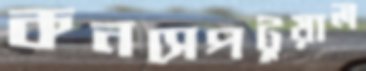
কনসেপটুয়াল